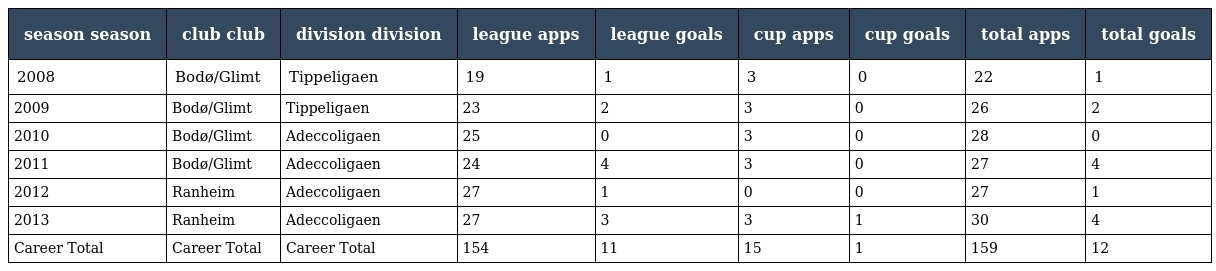
| season season | club club | division division | league apps | league goals | cup apps | cup goals | total apps | total goals |
 | --- | --- | --- | --- | --- | --- | --- | --- | --- |
 | 2008 | Bodø/Glimt | Tippeligaen | 19 | 1 | 3 | 0 | 22 | 1 |
 | 2009 | Bodø/Glimt | Tippeligaen | 23 | 2 | 3 | 0 | 26 | 2 |
 | 2010 | Bodø/Glimt | Adeccoligaen | 25 | 0 | 3 | 0 | 28 | 0 |
 | 2011 | Bodø/Glimt | Adeccoligaen | 24 | 4 | 3 | 0 | 27 | 4 |
 | 2012 | Ranheim | Adeccoligaen | 27 | 1 | 0 | 0 | 27 | 1 |
 | 2013 | Ranheim | Adeccoligaen | 27 | 3 | 3 | 1 | 30 | 4 |
 | Career Total | Career Total | Career Total | 154 | 11 | 15 | 1 | 159 | 12 |